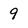
Character: 9